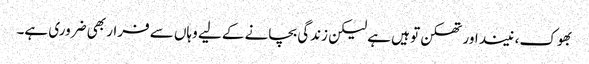
بھوک، نیند اور تھکن تو ہیں ہے لیکن زندگی بچانے کے لیے وہاں سے فرار بھی ضروری ہے۔